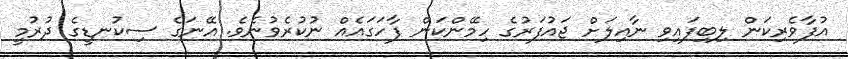
އުފާވެރިކަން ލިބިފައިވި ނާއިލަށް ޖައުފަރުގެ ހިމޭންކަން ފާހަގައެއް ނުކުރެވުނެވެ. އޭނަގެ ސިކުނޑީގެ ދުރުމީ